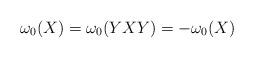
LaTeX: \begin{align*}\omega_0(X)=\omega_0(YXY)=-\omega_0(X)\end{align*}